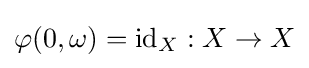
\varphi (0,\omega )=\mathrm {id} _{X}:X\to X